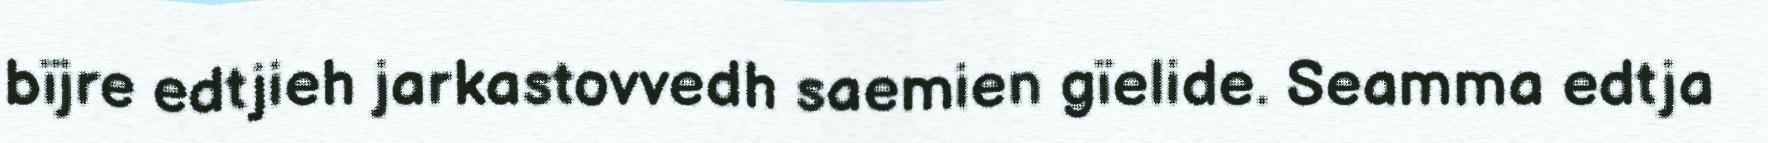
bïjre edtjieh jarkastovvedh saemien gïelide. Seamma edtja